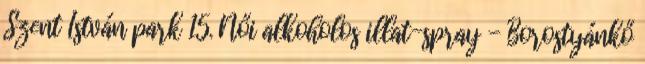
Szent István park 15. Női alkoholos illat-spray - Borostyánkő